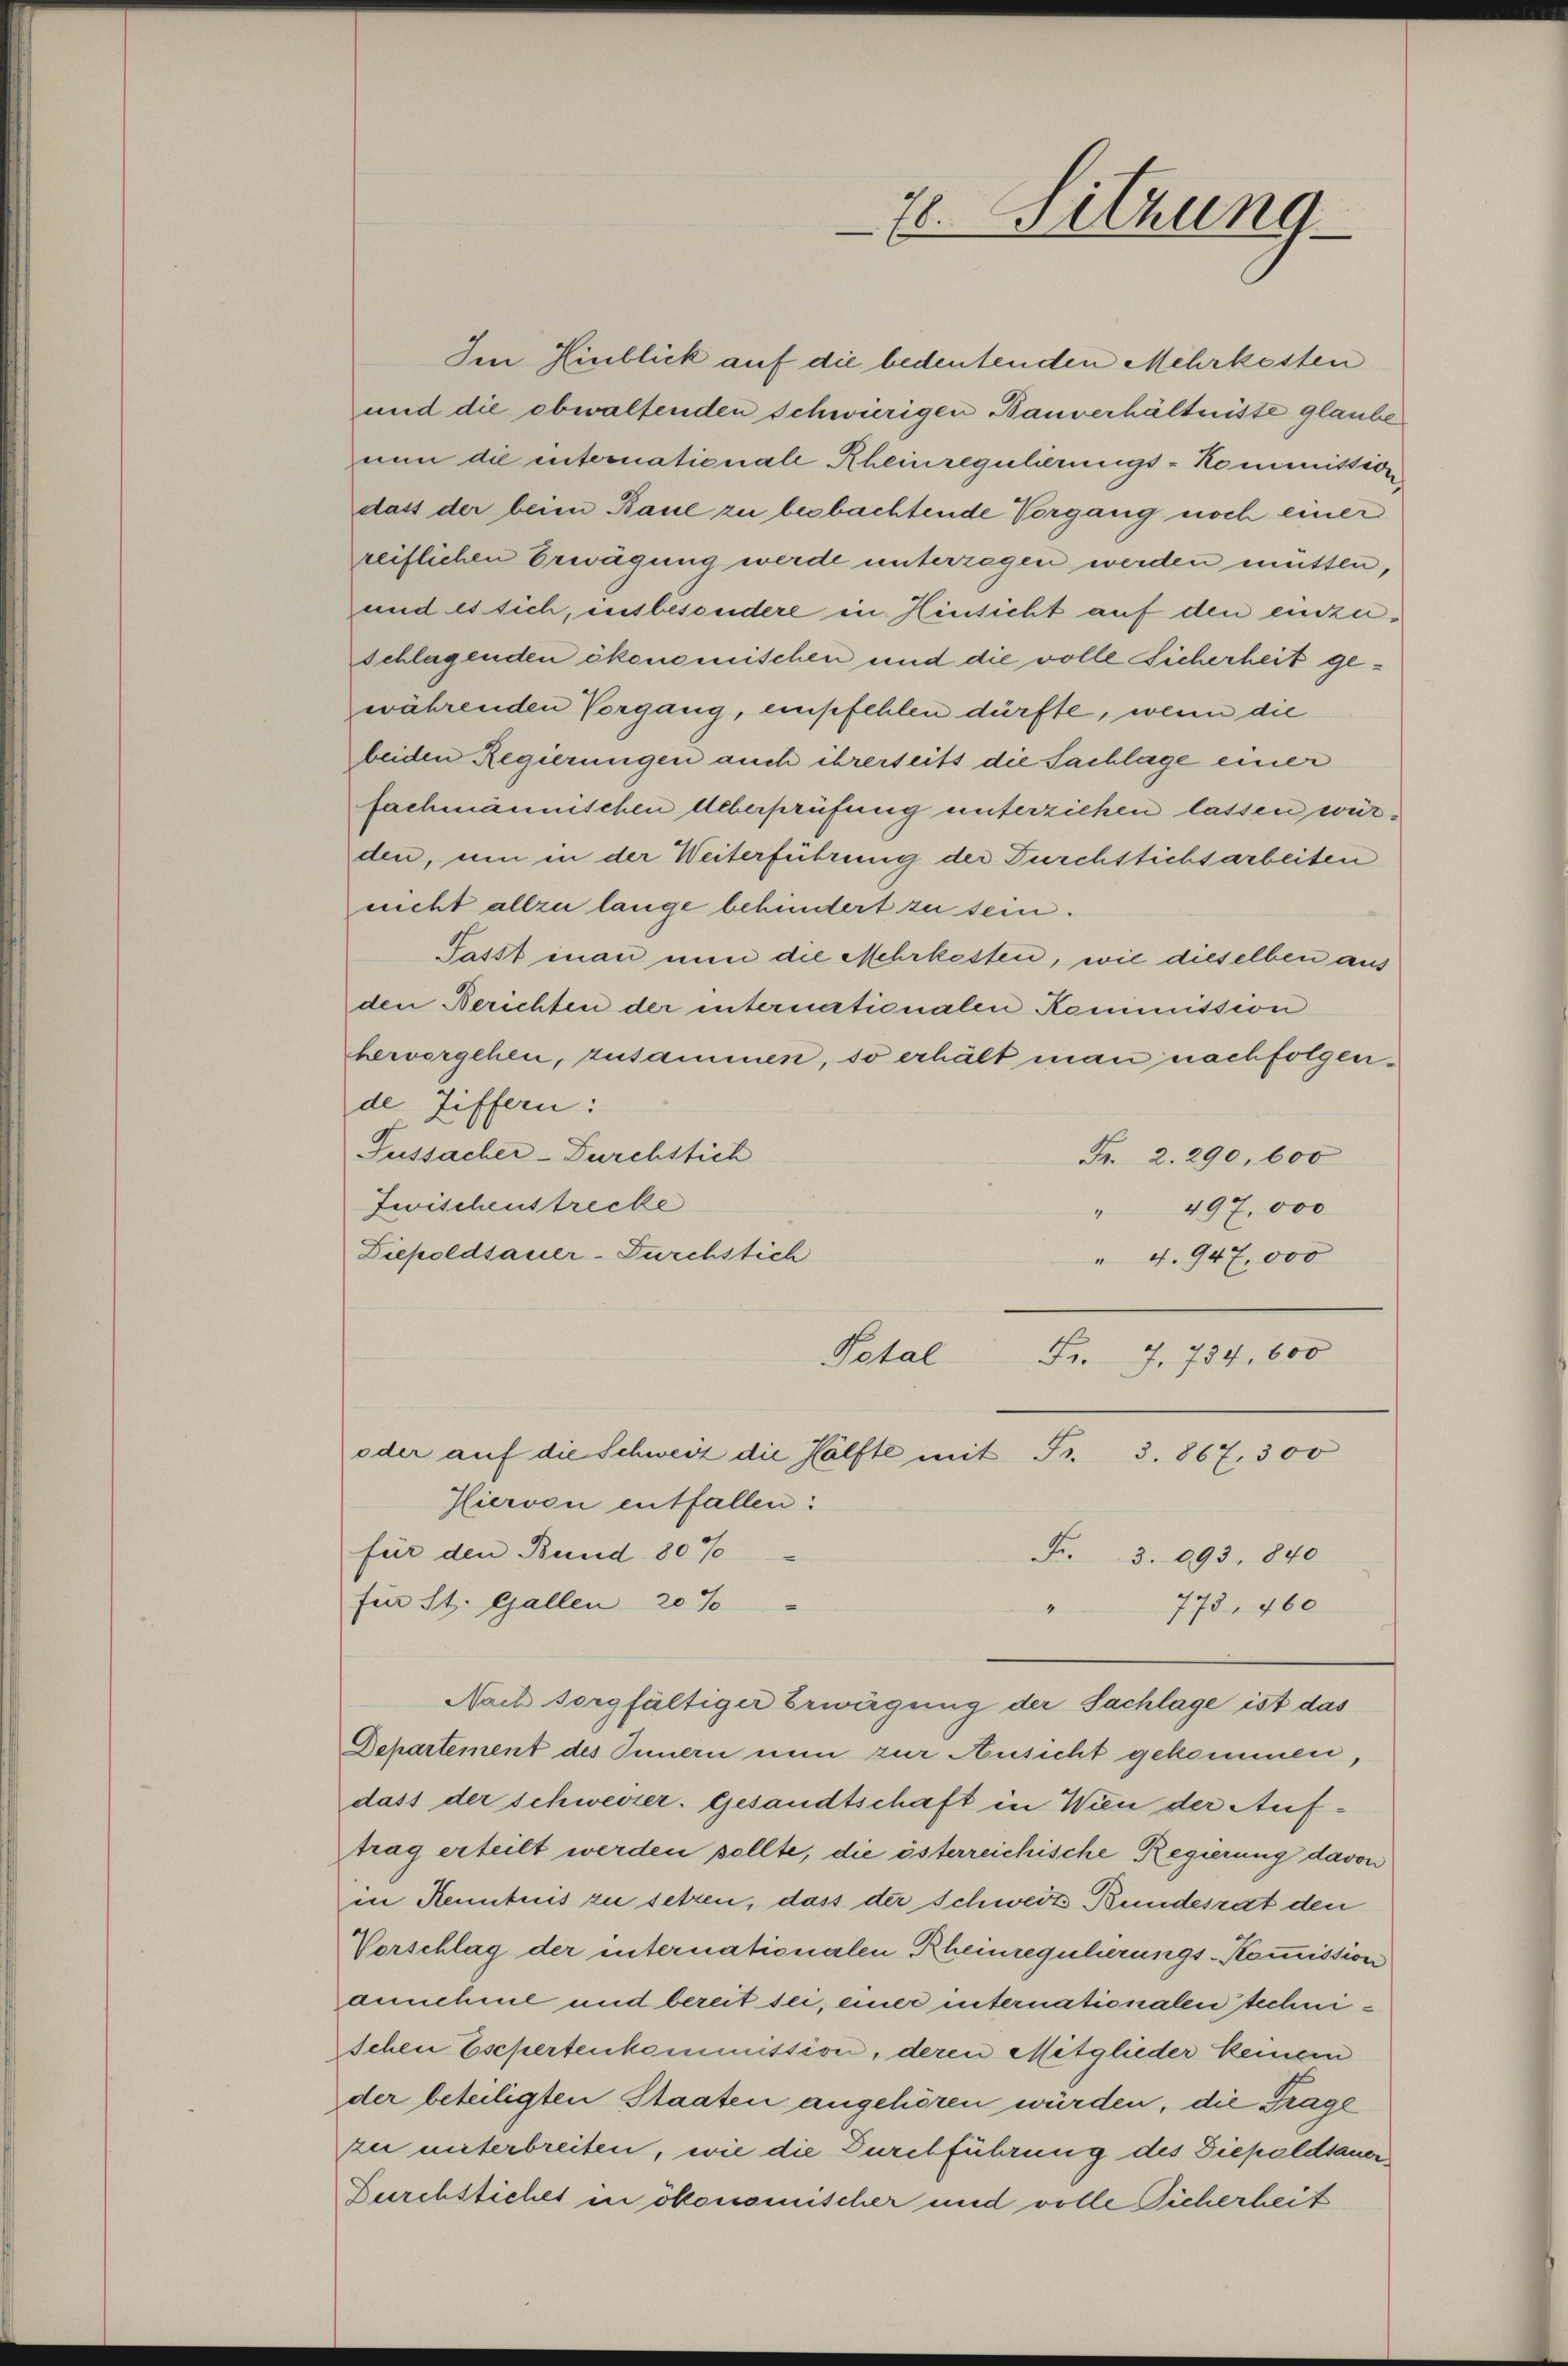
7l. Sitzung

Ien Hinblick auf die bedeutenden Mehrkosten
und die obwaltenden schwierigen Bauverhältnisse glaube
nun die internationale Rheinregulierungs-Kommission
dass der beim Baue zu beobachtende Vorgang noch einer
reiflichen Erwägung werde unterzagen werden müssen,
und es sich, insbesondere in Hinsicht auf den einzuschlagenden ökonomischen und die volle Sicherheit gewährenden Vorgang, empfehlen dürfte, wenn die
beiden Regierungen auch ihrerseits die Sachlage einer
fachmännischen Ueberprüfung unterziehen lassen würden, um in der Weiterführung der Furchstichsarbeiten
nicht allzu lange behindert zu sein.
Passt man nun die Mehrkosten, wie dieselben aus
den Berichten der internationalen Kommission
hervorgehen, zusammen, so erhält man nachfolgende Ziffern:
Gussacher-Durchstich
Fr. 2. 290, 600
Zwischenstrecke
" 497. 000
Diepoldsauer-Durchstich
" 4. 947,000
Petal
Fr. 7. 734, 600
oder auf die Schweiz die Hälfte mit Fr. 3. 867, 300
Hiervon entfallen:
für den Bund 80%
Fr. 3. 693. 840
für St. Gallen 20%
773. 460
1
Nach sorgfältiger Erwägung der Sachlage ist das
Departement des Innern nun zur Ansicht gekommen,
dass der schweizer. Gesandtschaft in Wien der Auftrag erteilt werden sollte, die österreichische Regierung davon
in Kenntnis zu setzen, dass der Schweiz Bundesrat den
Vorschlag der internationalen Rheinregulierungs-Kommission
annehme und bereit sei, einer internationalen techni¬
Schen Eschertenkommission, deren Mitglieder keinem
der beteiligten Staaten angehören würden, die Frage
zu unterbreiten, wie die Durchführung des Diepoldsauer
Durchstiches in ökonomischer und volle Sicherheit